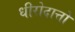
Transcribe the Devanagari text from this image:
धीरोदात्तो